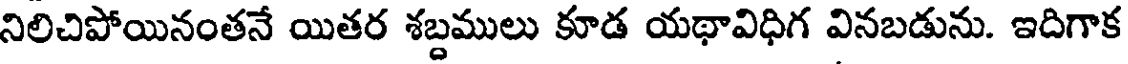
నిలిచిపోయినంతనే యితర శబ్దములు కూడ యథావిధిగ వినబడును. ఇదిగాక